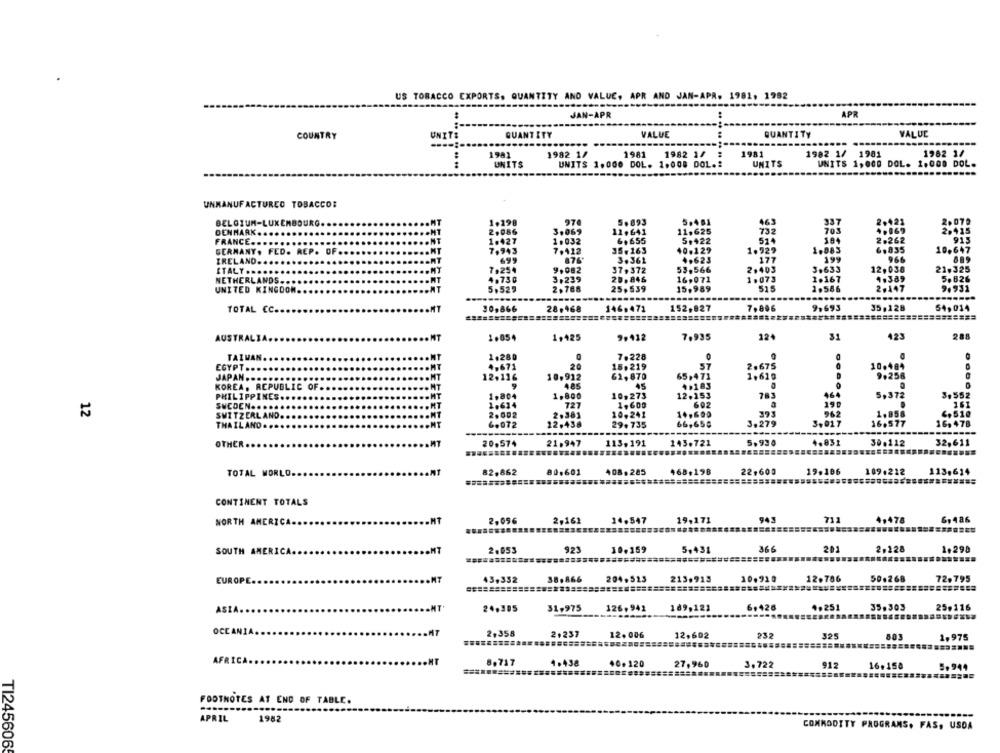
US TOBACCO EXPORTS. QUANTITY AND VALUE, APR AND JAN-APR. 1981, 1982
APR
JAN-APR
...
.. ..
COUNTRY
UNIT:
QUANT ITY
VALUE
QUANT
QUAN
TY
VALUE
1981
1982 1/
1981
1982 1/
1981
1982 1/ 1981
1982 1/
.. ..
UNITS
UNITS 1.000 DOL. 1.008 DOL .:
UNITS
UNITS 1,000 DOL. 1.000 DOL.
UNMANUFACTURED TOBACCO:
BELGIUM-LUXEMBOURG ..
1.198
974
5.893
5.451
2,422
2.07.
DENMARK ..
2,986
3,069
11.641
11,625
732
2.415
FRANCE ..
1.427
1,032
6, 655
5.422
514
184
2.262
915
7.943
15.163
1.883
10.647
GERMANY. FED. REP. OF ..
7.112
40.129
1.929
6.835
IRELAND.
876"
3.361
*+623
177
199
ITALY ...
7,254
9.082
379372
53,566
2.403
3.633
12,036
21.325
28.846
NETHERLANDS ...
16,071
1.073
1.167
UNITED KINGDOM ..
2.788
25,539
15,989
TOTAL CC ..
146,472
152,027
7,00€
7.693
35,128
54,034
30,866
28,468
AUSTRALI
1.854
1+425
9,932
7.935
124
31
423
288
TAIWAN
7.228
1.280
0
EGYPT ..
4.671
20
15.219
JAPAN ...
12,11
10,912
62, 870
65,471
1,61
485
45
9,256
KOREA, REPUBLIC OF.
PHILIPPINES ..
1,804
1.800
10.273
783
5,372
3,552
SUCDEN .....
727
161
12
SWITZERLAND.
2,002
10,241
962
10,60
THAILAND ....
6.07
29.735
66,655
3.27;
3.017
16,57
16,478
OTHER .
20.574
21.947
113,19
143.72
5,930
50.122
32,611
TOTAL MORLO.
82,862
80.601
408.285
468,198
22,600
19.106
109.212
CONTINENT TOTALS
2.056
2,161
14.547
19,171
943
711
4,478
6,486
NORTH AMERICA ....
2.053
923
10.159
5,431
366
201
2.128
1,290
SOUTH A
204.
10.910
12.786
50.268
72.795
EUROPE
AS
24.305
31,975
126, 941
189,121
6,428
.. 25
35.303
25,116
2,358
12.602
2.237
12.006
232
325
1,975
8.717
4.438
40.120
27,960
3.722
912
16.150
5.944
FOOTNOTES AT END OF TABLE.
APRIL
1982
COMMODITY PROGRAMS. FAS, USDA
TI245606